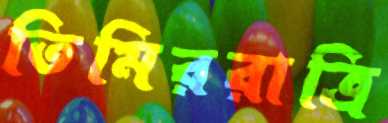
তিমিররাত্রি